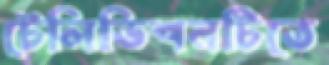
টেলিভিশনটিতে